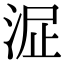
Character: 𣴻